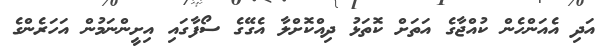
އަދި އެއަންހެން ކުއްޖާގެ އަތަށް ކޮތަޅު ދިއްކޮށްލާ އެގޭގެ ސޯފާގައި އިށީންނަމުން އަހަރެންގެ